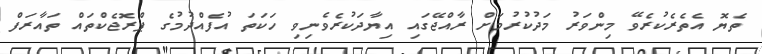
ތެޔޮ އެތެރެކުރެވޭ މިންވަރު މަދުކުރުމަށް ރާއްޖޭގައި އިޔާދަކުރެވެނިވި ހަކަތަ އުފެއްދުމުގެ ޕްރޮޖެކްތައް ތައާރަފް